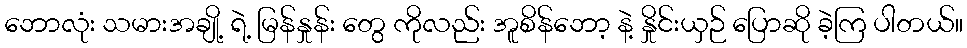
ဘောလုံး သမားအချို့ ရဲ့ မြန်နှုန်း တွေ ကိုလည်း အူစိန်ဘော့ နဲ့ နှိုင်းယှဉ် ပြောဆို ခဲ့ကြ ပါတယ်။